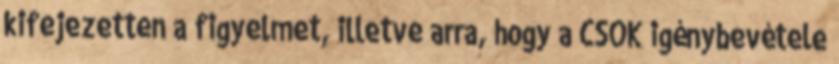
kifejezetten a figyelmet, illetve arra, hogy a CSOK igénybevétele